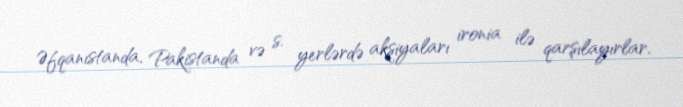
Əfqanıstanda, Pakistanda və s. yerlərdə aksiyaları ironia ilə qarşılayırlar.